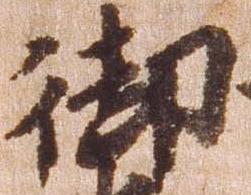
御